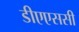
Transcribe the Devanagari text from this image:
डीएएससी